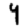
Digit: 9